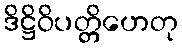
ဒိဋ္ဌိဝိပတ္တိဟေတု